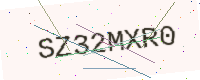
Text: SZ32MXR0